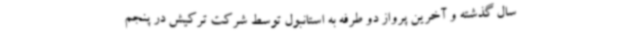
سال گذشته و آخرین پرواز دو طرفه به استانبول توسط شرکت ترکیش در پنجم